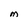
Character: M